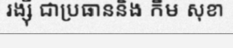
រង្ស៊ី ជាប្រធាននិង កឹម សុខា